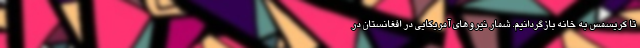
تا کریسمس به خانه بازگردانیم. شمار نیروهای آمریکایی در افغانستان در